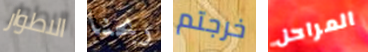
الاطوار ربحنا خرجتم المراحل